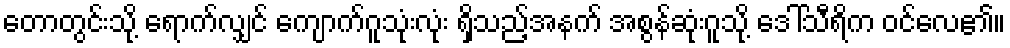
တောတွင်းသို့ ရောက်လျှင် ကျောက်ဂူသုံးလုံး ရှိသည့်အနက် အစွန်ဆုံးဂူသို့ ဒေါ်သီရိက ဝင်လေ၏။